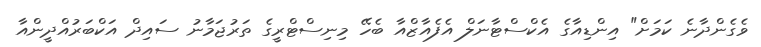
ވެގެންދާނެ ކަމަށް" އިންޑިއާގެ އެކްސްޓާނަލް އެފެއާޒްއާ ބެހޭ މިނިސްޓްރީގެ ތަރުޖަމާނު ސައިދް އަކްބަރުއްދީންއާ